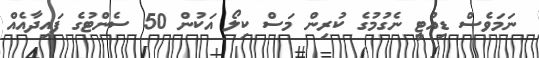
ނަމަވެސް ޑިއުޓީ ނެގުމުގެ ކުރިން މަސް ކިލޯ އަކުން 50 ސެންޓުގެ ފައިދާއެއް